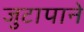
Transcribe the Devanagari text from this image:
जुटापाने